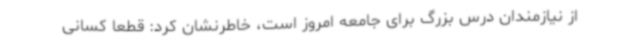
از نیازمندان درس بزرگ برای جامعه امروز است، خاطرنشان کرد: قطعاً کسانی